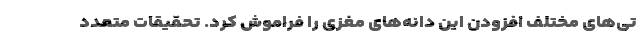
تی‌های مختلف افزودن این دانه‌های مغزی را فراموش کرد. تحقیقات متعدد